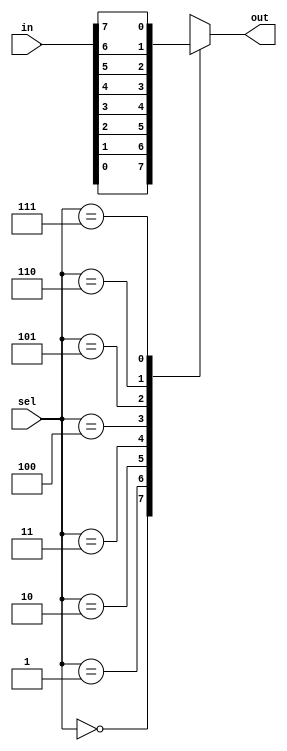
// 8-to-1 Multiplexer behavioral description

module mux8 (in, sel, out);
	
	input [7:0] in;
	input [2:0] sel;
	output reg out;
	
	always @ (*)
		begin
			case (sel)
				3'b000: out = in[0];
				3'b001: out = in[1];
				3'b010: out = in[2];
				3'b011: out = in[3];
				3'b100: out = in[4];
				3'b101: out = in[5];
				3'b110: out = in[6];
				3'b111: out = in[7];
				default: out = 1'bx;
			endcase
		end
endmodule